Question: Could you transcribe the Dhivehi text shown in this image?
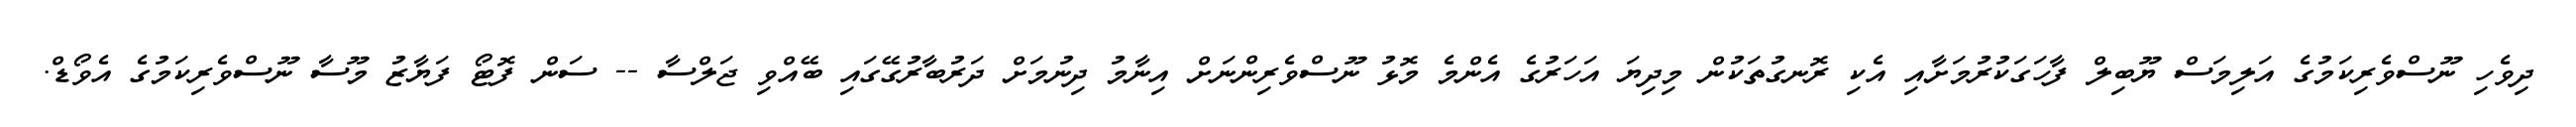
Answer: ދިވެހި ނޫސްވެރިކަމުގެ އަލިމަސް ޔޫބިލް ފާހަގަކުރުމަށާއި އެކި ރޮނގުތަކުން މިދިޔަ އަހަރުގެ އެންމެ މޮޅު ނޫސްވެރިންނަށް އިނާމު ދިނުމަށް ދަރުބާރުގޭގައި ބޭއްވި ޖަލްސާ -- ސަން ފޮޓޯ ފަޔާޒު މޫސާ ނޫސްވެރިކަމުގެ އެވޯޑް.